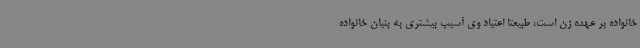
خانواده بر عهده زن است، طبیعتا اعتیاد وی آسیب بیشتری به بنیان خانواده